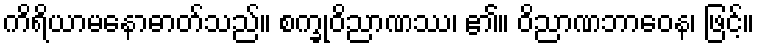
ကိရိယာမနောဓာတ်သည်။ စက္ခုဝိညာဏဿ၊ ၏။ ဝိညာဏဘာဝေန၊ ဖြင့်။